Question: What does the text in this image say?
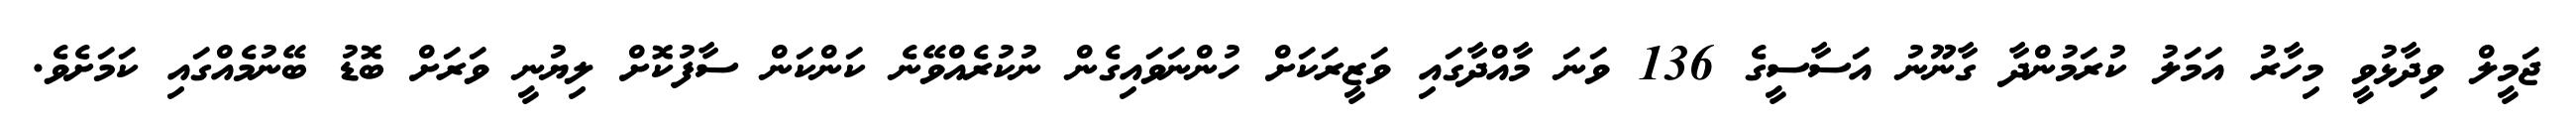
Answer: ޖަމީލް ވިދާޅުވީ މިހާރު އަމަލު ކުރަމުންދާ ގާނޫނު އަސާސީގެ 136 ވަނަ މާއްދާގައި ވަޒީރަކަށް ހުންނަވައިގެން ނުކުރެއްވޭނެ ކަންކަން ސާފުކޮށް ލިޔުނީ ވަރަށް ބޮޑު ބޭނުމެއްގައި ކަމަށެވެ.